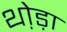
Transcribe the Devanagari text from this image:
थो़ड़ा